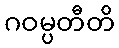
ဂဝမ္ပတီတိ